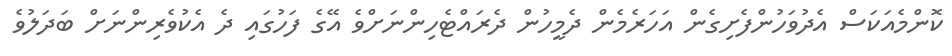
ކޮންމެއަކަސް އެދުވަހުންފެށިގެން އަހަރެމެން ދެމީހުން ދެރައްޓެހިންނަށްވެ އޭގެ ފަހުގައި ދެ އެކުވެރިންނަށް ބަދަލުވެ